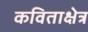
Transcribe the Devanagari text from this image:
कविताक्षेत्र